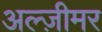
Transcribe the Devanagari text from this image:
अल्ज़ीमर